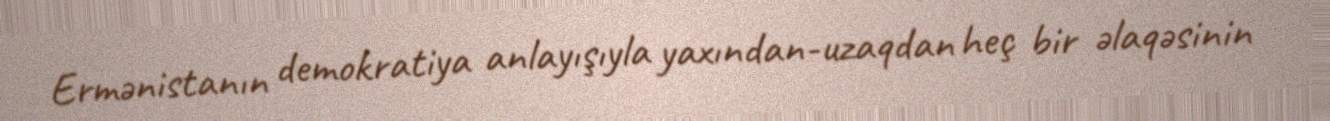
Ermənistanın demokratiya anlayışıyla yaxından-uzaqdan heç bir əlaqəsinin